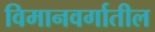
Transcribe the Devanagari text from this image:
विमानवर्गातील